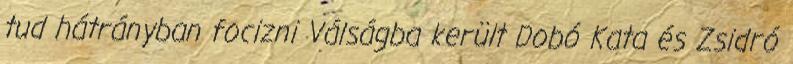
tud hátrányban focizni Válságba került Dobó Kata és Zsidró